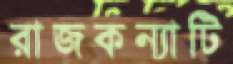
রাজকন্যাটি